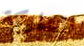
المشاركة